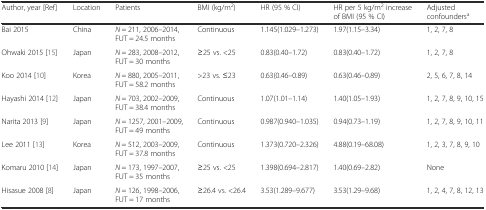
| Author, year [Ref] | Location | Patients | BMI (kg/m2) | HR (95 % CI) | HR per 5 kg/m2 increase of BMI (95 % CI) | Adjusted confoundersa |
 | --- | --- | --- | --- | --- | --- | --- |
 | Bai 2015 | China | N = 211, 2006–2014, FUT = 24.5 months | Continuous | 1.145(1.029–1.273) | 1.97(1.15–3.34) | 1, 2, 7, 8 |
 | Ohwaki 2015 [15] | Japan | N = 283, 2008–2012, FUT = 30 months | ≥25 vs. <25 | 0.83(0.40–1.72) | 0.83(0.40–1.72) | 1, 2, 7, 8 |
 | Koo 2014 [10] | Korea | N = 880, 2005–2011, FUT = 58.2 months | >23 vs. ≤23 | 0.63(0.46–0.89) | 0.63(0.46–0.89) | 2, 5, 6, 7, 8, 14 |
 | Hayashi 2014 [12] | Japan | N = 703, 2002–2009, FUT = 38.4 months | Continuous | 1.07(1.01–1.14) | 1.40(1.05–1.93) | 1, 2, 7, 8, 9, 10, 15 |
 | Narita 2013 [9] | Japan | N = 1257, 2001–2009, FUT = 49 months | Continuous | 0.987(0.940–1.035) | 0.94(0.73–1.19) | 1, 2, 7, 8, 9, 10, 11 |
 | Lee 2011 [13] | Korea | N = 512, 2003–2009, FUT = 37.8 months | Continuous | 1.373(0.720–2.326) | 4.88(0.19–68.08) | 1, 2, 3, 7, 8, 9, 10 |
 | Komaru 2010 [14] | Japan | N = 173, 1997–2007, FUT = 35 months | ≥25 vs. <25 | 1.398(0.694–2.817) | 1.40(0.69–2.82) | None |
 | Hisasue 2008 [8] | Japan | N = 126, 1998–2006, FUT = 17 months | ≥26.4 vs. <26.4 | 3.53(1.289–9.677) | 3.53(1.29–9.68) | 1, 2, 4, 7, 8, 12, 13 |